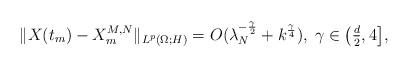
LaTeX: \begin{align*}\|X(t_m)-X_m^{M,N}\|_{L^p(\Omega;H)}=O(\lambda_N^{-\frac\gamma2}+k^{\frac\gamma4}),\;\gamma \in \big(\tfrac d 2, 4 \big],\end{align*}